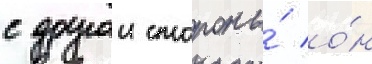
с другои стороны́ о́н